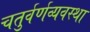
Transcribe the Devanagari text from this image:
चतुर्वर्णव्यवस्था